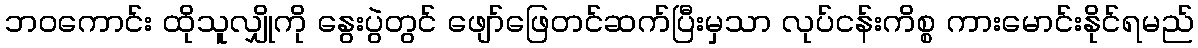
ဘဝကောင်း ထိုသူလျှိုကို နွေးပွဲတွင် ဖျော်ဖြေတင်ဆက်ပြီးမှသာ လုပ်ငန်းကိစ္စ ကားမောင်းနိုင်ရမည်